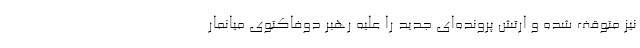
نیز متوقف شده و ارتش پرونده‌ای جدید را علیه رهبر دوفاکتوی میانمار